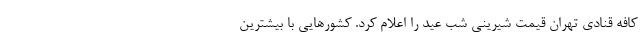
کافه قنادی تهران قیمت شیرینی شب عید را اعلام کرد. کشورهایی با بیشترین